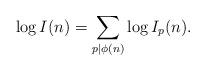
LaTeX: \begin{align*}\log I(n) = \sum_{p \mid \phi(n)} \log I_p(n).\end{align*}